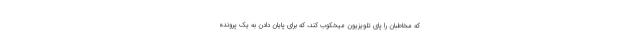
که مخاطبان را پای تلویزیون میخکوب کند، که برای پایان دادن به یک پرونده